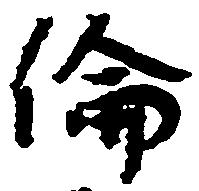
倫